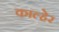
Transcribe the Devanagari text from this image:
काल्हेर